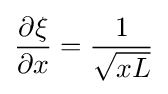
{\frac {\partial \xi }{\partial x}}={\frac {1}{\sqrt {xL}}}